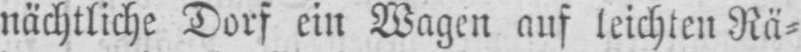
nächtliche Dorf ein Wagen auf leichten Rä⸗